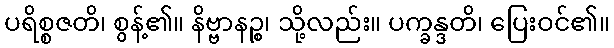
ပရိစ္စဇတိ၊ စွန့်၏။ နိဗ္ဗာနဉ္စ၊ သို့လည်း။ ပက္ခန္ဒတိ၊ ပြေးဝင်၏။